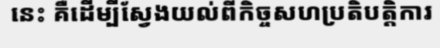
នេះ គឺដើម្បីស្វែងយល់ពីកិច្ចសហប្រតិបត្តិការ